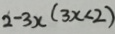
2 - 3 x ( 3 x < 2 )